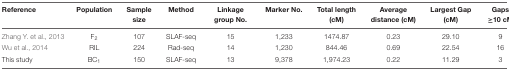
<table><thead><tr><td><b>Reference</b></td><td><b>Population</b></td><td><b>Sample size</b></td><td><b>Method</b></td><td><b>Linkage group No.</b></td><td><b>Marker No.</b></td><td><b>Total length (cM)</b></td><td><b>Average distance (cM)</b></td><td><b>Largest Gap (cM)</b></td><td><b>Gaps ≥10 cM</b></td></tr></thead><tbody><tr><td>Zhang Y. et al., 2013</td><td>F<sub>2</sub></td><td>107</td><td>SLAF-seq</td><td>15</td><td>1,233</td><td>1474.87</td><td>0.23</td><td>29.10</td><td>9</td></tr><tr><td>Wu et al., 2014</td><td>RIL</td><td>224</td><td>Rad-seq</td><td>14</td><td>1,230</td><td>844.46</td><td>0.69</td><td>22.54</td><td>16</td></tr><tr><td>This study</td><td>BC<sub>1</sub></td><td>150</td><td>SLAF-seq</td><td>13</td><td>9,378</td><td>1,974.23</td><td>0.22</td><td>11.29</td><td>3</td></tr></tbody></table>